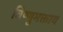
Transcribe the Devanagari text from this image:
विष्णुभक्ताय